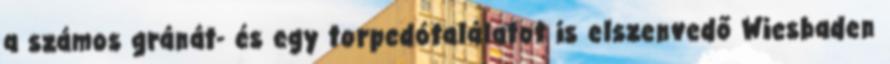
a számos gránát- és egy torpedótalálatot is elszenvedő Wiesbaden